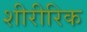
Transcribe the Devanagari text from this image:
शीरीरिक